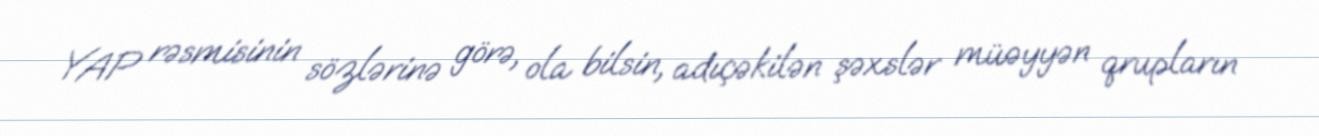
YAP rəsmisinin sözlərinə görə, ola bilsin, adıçəkilən şəxslər müəyyən qrupların